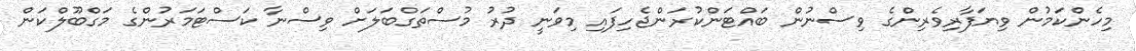
މިހެންކަމުން ވިޔަފާރިވެރިންގެ ވިސްނުން ބައްޓަންކުރަންޖެހިފައި މިވަނީ ދުރު މުސްތަގްބަލަށް ވިސްނާ ކަސްޓަމަރުންގެ މަގްބޫލްކަން